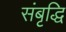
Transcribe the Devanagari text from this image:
संबृद्धि